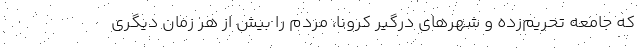
که جامعه تحریم‌زده و شهرهای درگیر کرونا، مردم را بیش از هر زمان دیگری